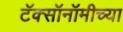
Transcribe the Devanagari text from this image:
टॅक्सॉनॉमीच्या